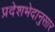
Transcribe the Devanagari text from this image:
प्रदेशभेदानुसार